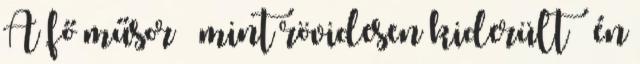
A fő műsor – mint rövidesen kiderült – én